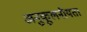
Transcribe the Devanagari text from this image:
अनुकूलनीयता